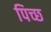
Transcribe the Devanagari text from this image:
पिच्छ